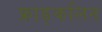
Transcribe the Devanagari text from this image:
फ्राङ्कलिन